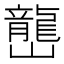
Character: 𡾩